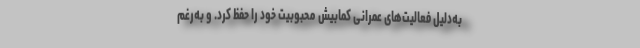
به‌دلیل فعالیت‌های عمرانی کمابیش محبوبیت خود را حفظ کرد. و به‌رغم